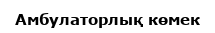
Амбулаторлық көмек